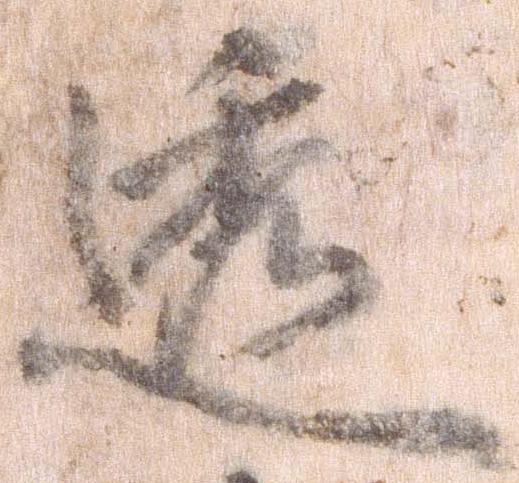
透